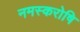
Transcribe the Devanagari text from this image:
नमस्करोषि